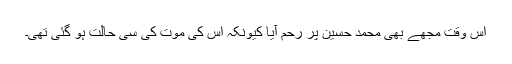
اُس وقت مجھے بھی محمد حسین پر رحم آیا کیونکہ اس کی موت کی سی حالت ہو گئی تھی۔